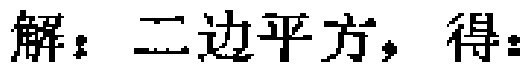
解：二边平方，得：